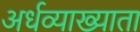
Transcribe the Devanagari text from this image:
अर्धव्याख्याता